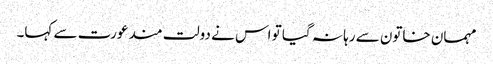
مہمان خاتون سے رہا نہ گیا تو اس نے دولت مند عورت سے کہا۔